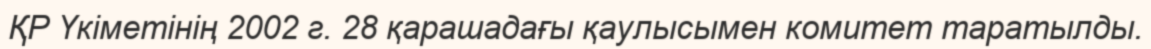
ҚР Үкіметінің 2002 г. 28 қарашадағы қаулысымен комитет таратылды.